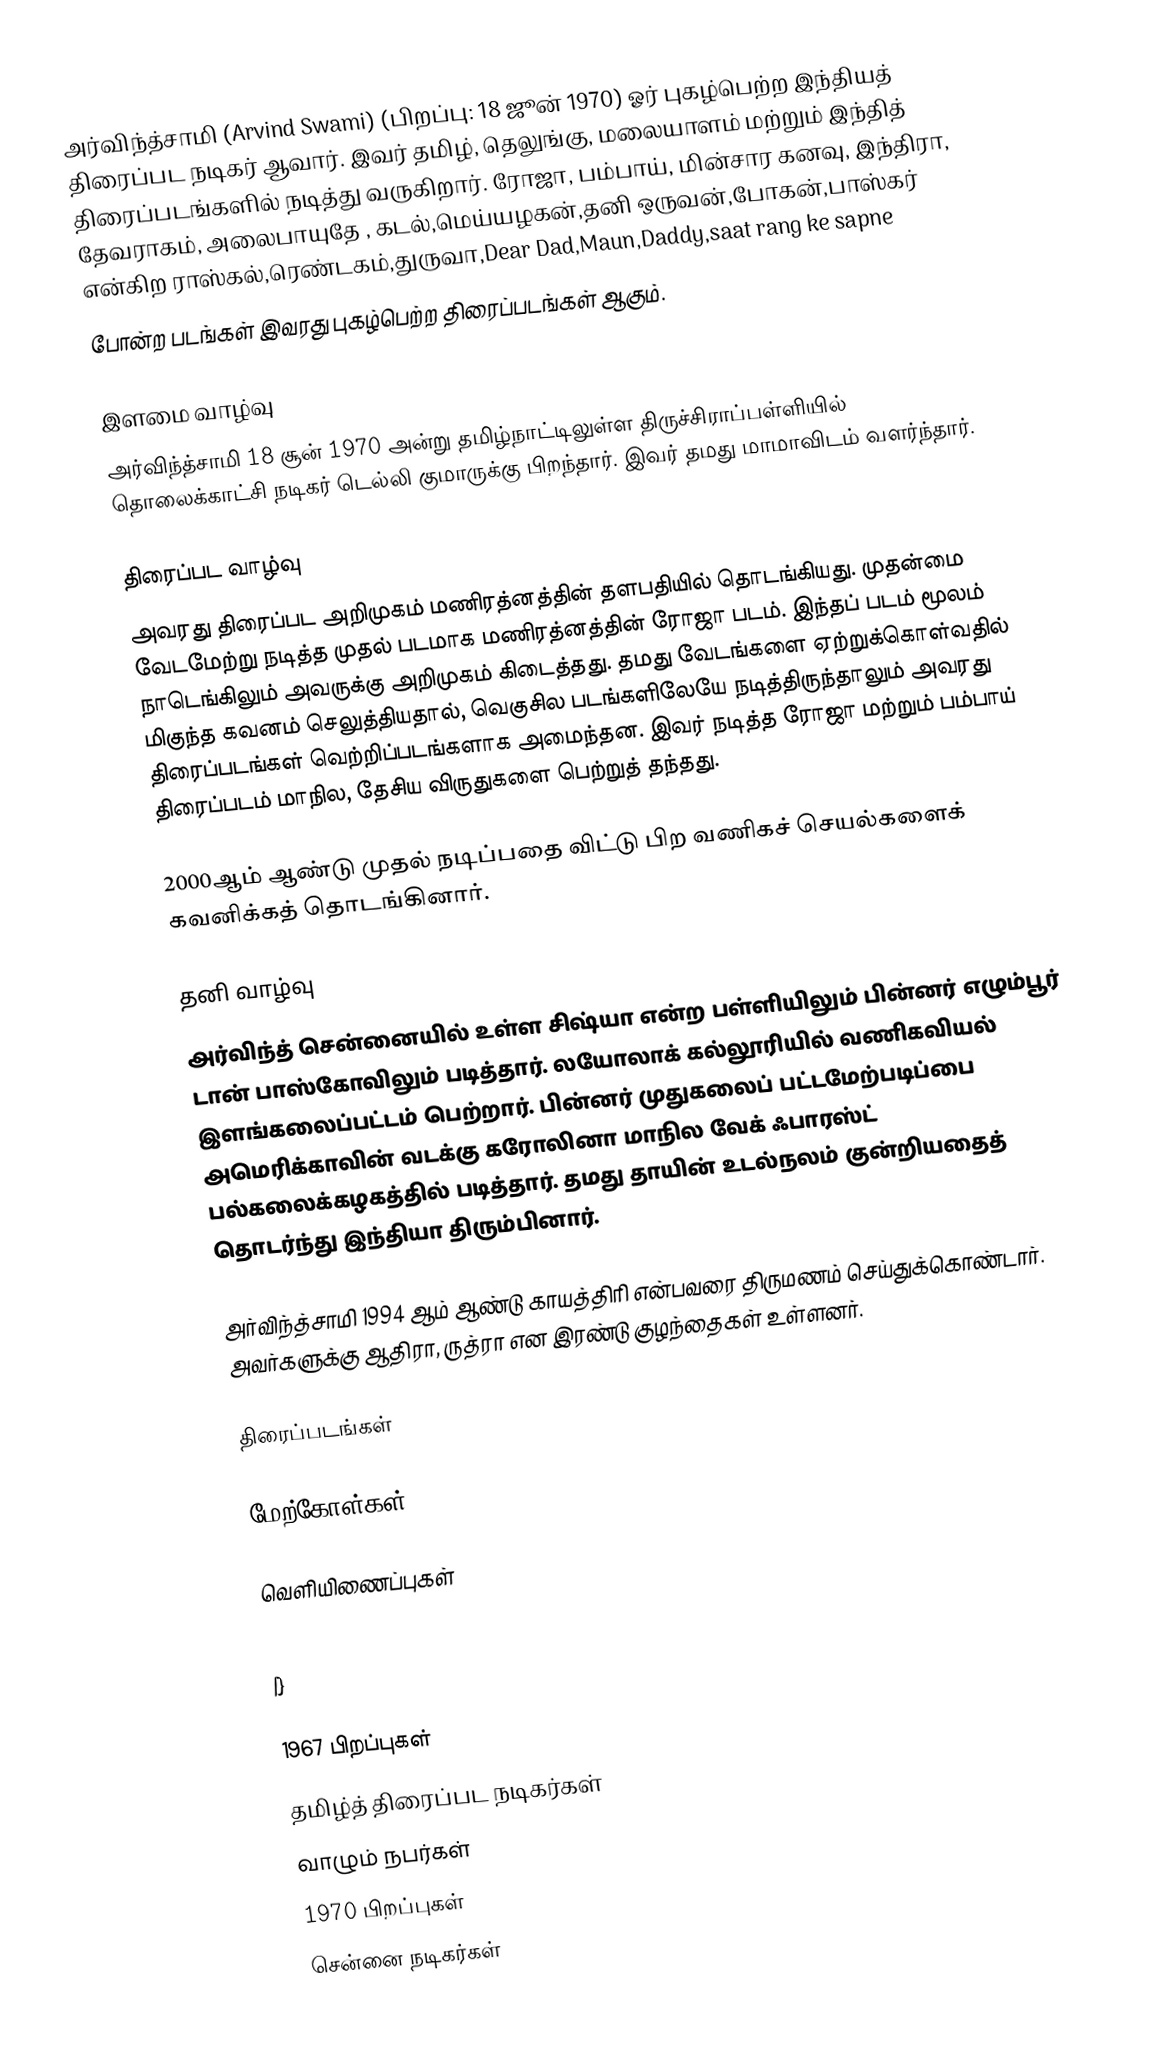
அர்விந்த்சாமி (Arvind Swami) (பிறப்பு: 18 ஜூன் 1970) ஓர் புகழ்பெற்ற இந்தியத் திரைப்பட நடிகர் ஆவார். இவர் தமிழ், தெலுங்கு, மலையாளம் மற்றும் இந்தித் திரைப்படங்களில் நடித்து வருகிறார். ரோஜா, பம்பாய், மின்சார கனவு, இந்திரா, தேவராகம், அலைபாயுதே , கடல்,மெய்யழகன்,தனி ஒருவன்,போகன்,பாஸ்கர் என்கிற ராஸ்கல்,ரெண்டகம்,துருவா,Dear Dad,Maun,Daddy,saat rang ke sapne
போன்ற படங்கள் இவரது புகழ்பெற்ற திரைப்படங்கள் ஆகும்.

இளமை வாழ்வு
அர்விந்த்சாமி 18 சூன் 1970 அன்று தமிழ்நாட்டிலுள்ள திருச்சிராப்பள்ளியில் தொலைக்காட்சி நடிகர் டெல்லி குமாருக்கு பிறந்தார். இவர் தமது மாமாவிடம் வளர்ந்தார்.

திரைப்பட வாழ்வு
அவரது திரைப்பட அறிமுகம் மணிரத்னத்தின் தளபதியில் தொடங்கியது. முதன்மை வேடமேற்று நடித்த முதல் படமாக மணிரத்னத்தின் ரோஜா படம். இந்தப் படம் மூலம் நாடெங்கிலும் அவருக்கு அறிமுகம் கிடைத்தது. தமது வேடங்களை ஏற்றுக்கொள்வதில் மிகுந்த கவனம் செலுத்தியதால், வெகுசில படங்களிலேயே நடித்திருந்தாலும் அவரது திரைப்படங்கள் வெற்றிப்படங்களாக அமைந்தன. இவர் நடித்த ரோஜா மற்றும் பம்பாய் திரைப்படம் மாநில, தேசிய விருதுகளை பெற்றுத் தந்தது.

2000ஆம் ஆண்டு முதல் நடிப்பதை விட்டு பிற வணிகச் செயல்களைக் கவனிக்கத் தொடங்கினார்.

தனி வாழ்வு
அர்விந்த் சென்னையில் உள்ள சிஷ்யா என்ற பள்ளியிலும் பின்னர் எழும்பூர் டான் பாஸ்கோவிலும் படித்தார். லயோலாக் கல்லூரியில் வணிகவியல் இளங்கலைப்பட்டம் பெற்றார். பின்னர் முதுகலைப் பட்டமேற்படிப்பை அமெரிக்காவின் வடக்கு கரோலினா மாநில வேக் ஃபாரஸ்ட் பல்கலைக்கழகத்தில் படித்தார். தமது தாயின் உடல்நலம் குன்றியதைத் தொடர்ந்து இந்தியா திரும்பினார்.

அர்விந்த்சாமி 1994 ஆம் ஆண்டு காயத்திரி என்பவரை திருமணம் செய்துக்கொண்டார். அவர்களுக்கு ஆதிரா, ருத்ரா என இரண்டு குழந்தைகள் உள்ளனர்.

திரைப்படங்கள்

மேற்கோள்கள்

வெளியிணைப்புகள்

|}

1967 பிறப்புகள்
தமிழ்த் திரைப்பட நடிகர்கள்
வாழும் நபர்கள்
1970 பிறப்புகள்
சென்னை நடிகர்கள்